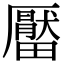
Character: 𤳪